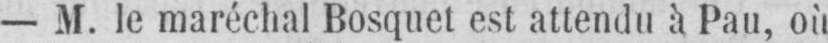
- M. le maréchal Bosquet est attendu à Pau, où